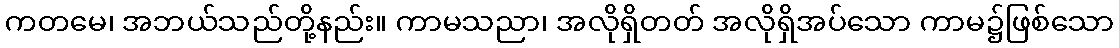
ကတမေ၊ အဘယ်သည်တို့နည်း။ ကာမသညာ၊ အလိုရှိတတ် အလိုရှိအပ်သော ကာမ၌ဖြစ်သော